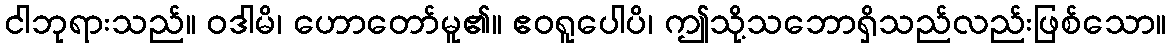
ငါဘုရားသည်။ ဝဒါမိ၊ ဟောတော်မူ၏။ ဧဝရူပေါပိ၊ ဤသို့သဘောရှိသည်လည်းဖြစ်သော။